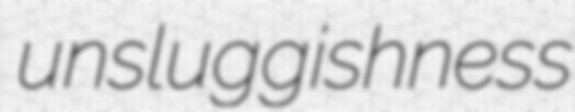
unsluggishness